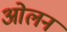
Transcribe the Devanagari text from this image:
ओलन